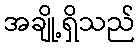
အချို့ရှိသည်